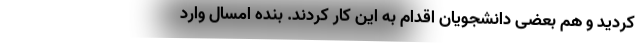
کردید و هم بعضی دانشجویان اقدام به این کار کردند. بنده امسال وارد